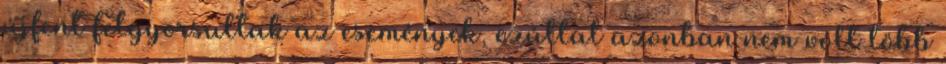
újfent felgyorsultak az események, ezúttal azonban nem volt több